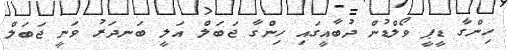
ހިންގާ ޑީޕީ ވޯލްޑުން ދުބާއީގައި ހިންގާ ޖަބަލް އަލީ ބަނދަރު ވަނީ ޖަބަލް